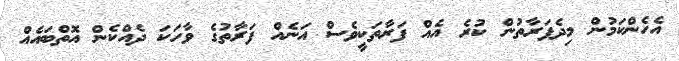
އެހެންކަމުން މިދެފަރާތުން ކުރެ އެއް ފަރާތަކީވެސް އަނެއް ފަރާތުގެ ވާހަކަ ދެއްކެން އޮތްބައެއް